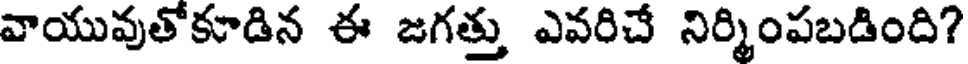
వాయువుతోకూడిన ఈ జగత్తు ఎవరిచే నిర్మింపబడింది?